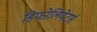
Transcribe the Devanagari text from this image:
डिफोलियेटर्स